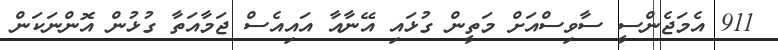
911 އެމަޖެންސީ ސާވިސްއަށް މަތީން ގުޅައި އޭނާއާ އައިއެސް ޖަމާއަތާ ގުޅުން އޮންނަކަން